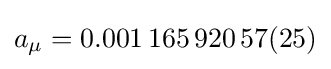
a_{\mu }=0.001\,165\,920\,57(25)